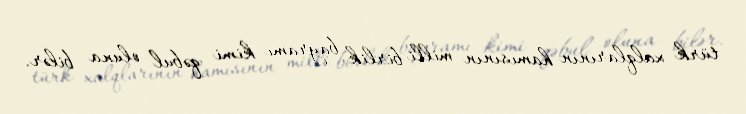
türk xalqlarının hamısının milli birlik bayramı kimi qəbul oluna bilər.